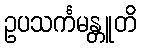
ဥပသင်္ကမန္တူတိ